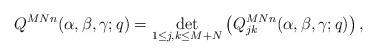
LaTeX: \begin{align*}Q^{MNn}(\alpha,\beta,\gamma;q)=\det_{1\leq j,k\leq M+N}\left(Q^{MNn}_{jk}(\alpha,\beta,\gamma;q)\right),\end{align*}